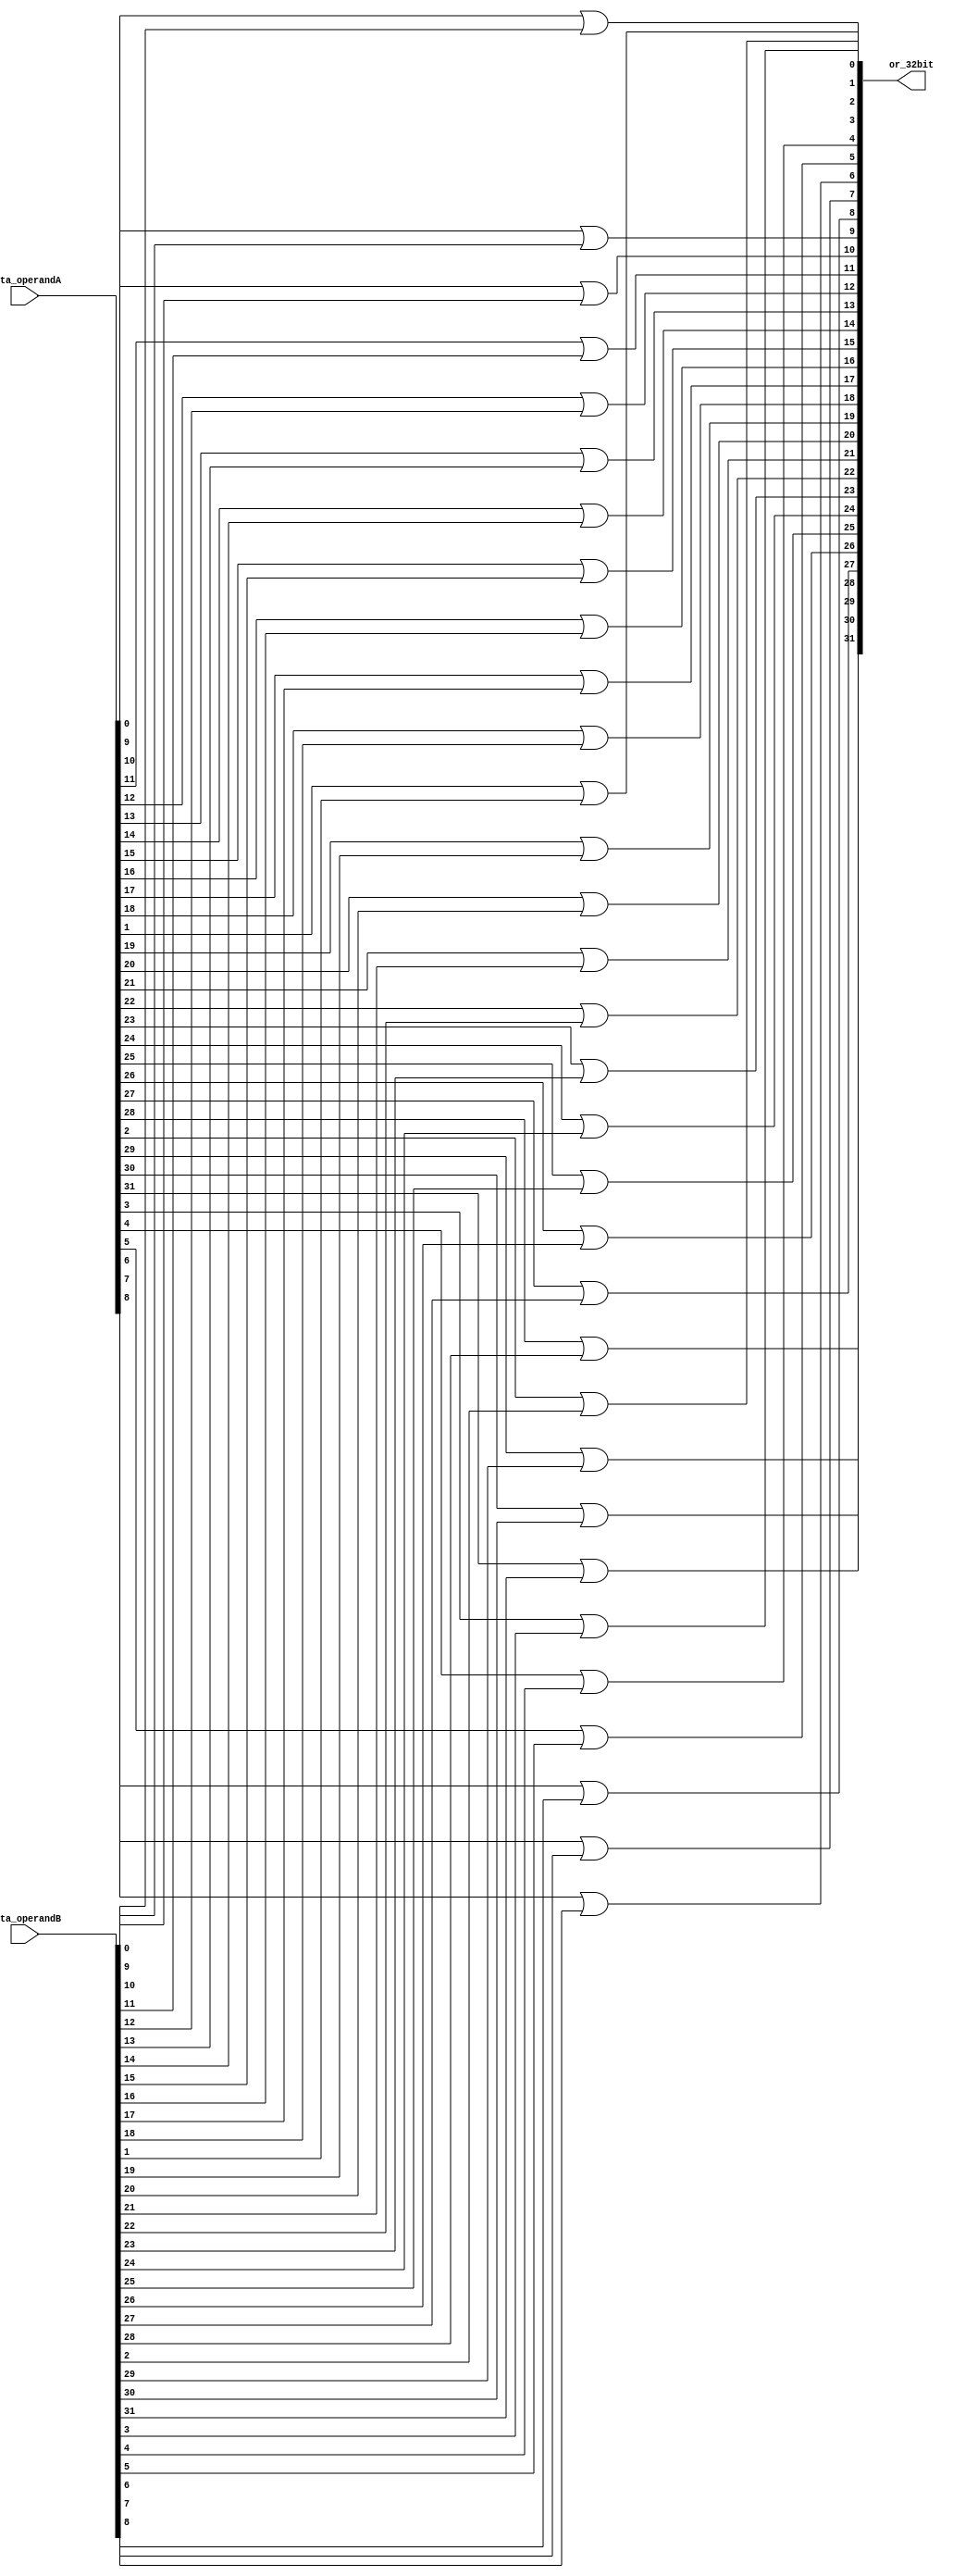
module OR_32bit(or_32bit, data_operandA, data_operandB);

    output [31:0] or_32bit;
	 input [31:0] data_operandA, data_operandB;
	 genvar i;
	 generate
	     for(i=0;i<=31;i=i+1)
		  begin:start
		      or (or_32bit[i], data_operandA[i], data_operandB[i]);
		  end
	 endgenerate
	 
endmodule